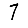
Digit: 7